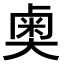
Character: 𫯱